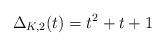
LaTeX: \begin{align*}\Delta_{K, 2}(t) = t^2 + t + 1\end{align*}